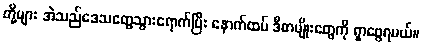
တို့များ အဲသည်ဒေသတွေသွားရောက်ပြီး နောက်ထပ် ဒီစာမျိုးတွေကို ရှာဖွေရမယ်။